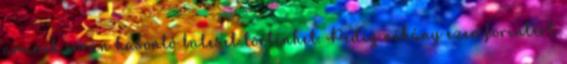
aminek során hasonló baleset történhet. Pedig néhány ezer forintért